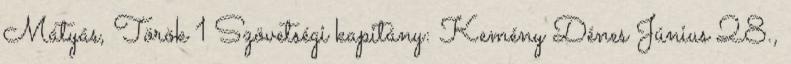
Mátyás, Török 1 Szövetségi kapitány: Kemény Dénes Június 28.,